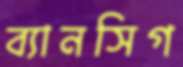
ব্যানসিগ